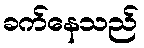
ခက်နေသည်